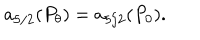
a _ { 5 / 2 } ( P _ { \theta } ) = a _ { 5 / 2 } ( P _ { 0 } ) .